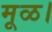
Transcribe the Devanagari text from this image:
मूळ।